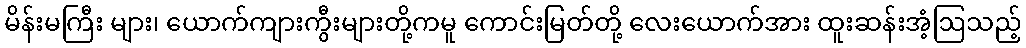
မိန်းမကြီး များ၊ ယောက်ကျားကွီးများတို့ကမူ ကောင်းမြတ်တို့ လေးယောက်အား ထူးဆန်းအံ့ဩသည့်